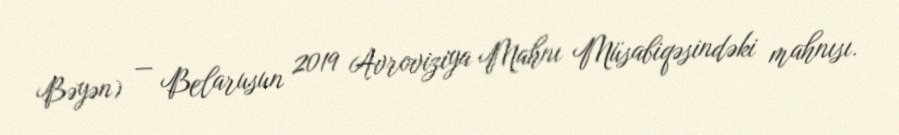
Bəyən) — Belarusun 2019 Avroviziya Mahnı Müsabiqəsindəki mahnısı.